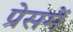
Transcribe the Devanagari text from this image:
प्रेसमें